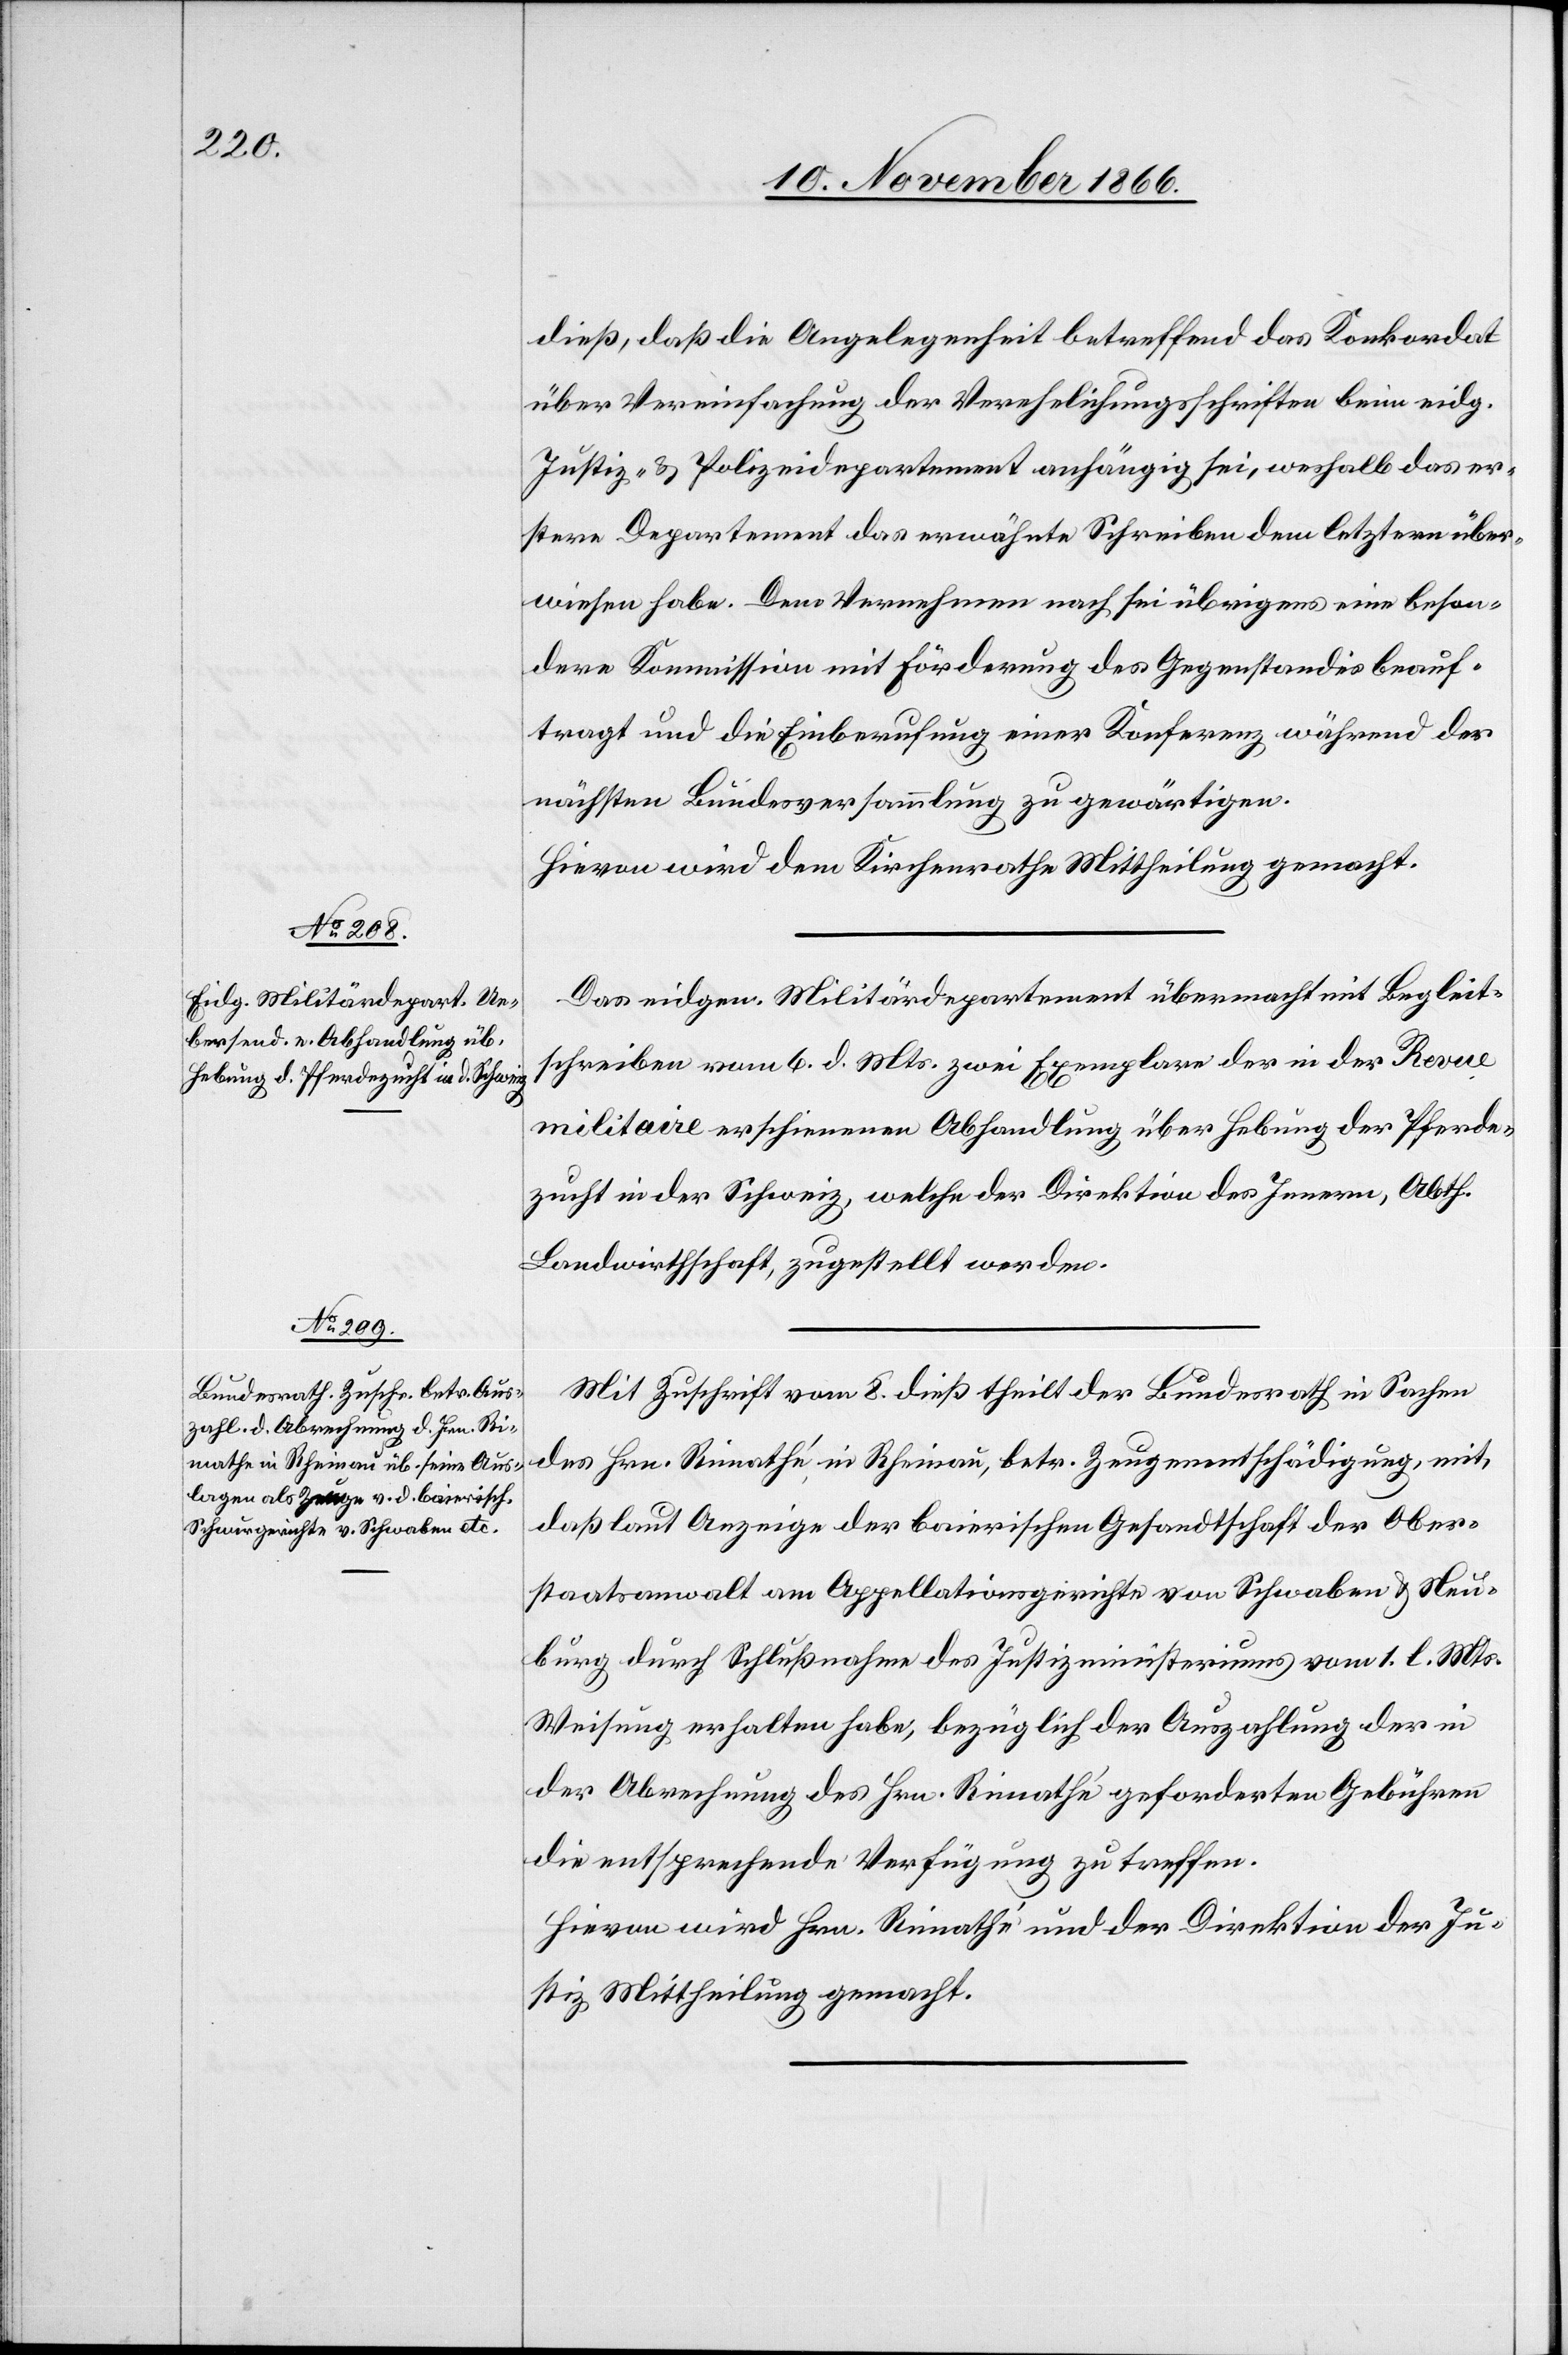
dieß, daß die Angelegenheit betreffend das Konkordat
über Vereinfachung der Verehelichungsschriften beim eidg.
Justiz- & Polizeidepartement anhängig sei, weshalb das er¬
stere Departement das erwähnte Schreiben dem letztern über¬
wiesen habe. Dem Vernehmen nach sei übrigens eine beson¬
dere Kommission mit Förderung des Gegenstandes beauf¬
tragt und die Einberufung einer Konferenz während der
nächsten Bundesversammlung zu gewärtigen.
Hievon wird dem Kirchenrathe Mittheilung gemacht.
Das eidgen. Militärdepartement übermacht mit Begleit¬
schreiben vom 6. d. Mts. zwei Exemplare der in der Revue
militaire erschienenen Abhandlung über Hebung der Pferde¬
zucht in der Schweiz, welche der Direktion des Innern, Abth.
Landwirthschaft, zugestellt werden.
Mit Zuschrift vom 8. dieß theilt der Bundesrath in Sachen
des Hrn. Rimathé [sic!] in Rheinau, betr. Zeugenentschädigung, mit,
daß laut Anzeige der baierischen Gesandtschaft der Ober¬
staatsanwalt am Appellationsgerichte von Schwaben & Neu¬
burg durch Schlußnahme des Justizministeriums vom 1. l. Mts.
Weisung erhalten habe, bezüglich der Auszahlung der in
der Abrechnung des Hrn. Rimathé geforderten Gebühren
die entsprechende Verfügung zu treffen.
Hievon wird Hrn. Rimathé und der Direktion der Ju¬
stiz Mittheilung gemacht.